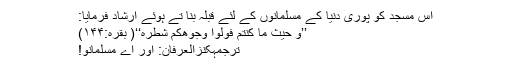
اس مسجد کو پوری دنیا کے مسلمانوں کے لئے قبلہ بنا تے ہوئے ارشاد فرمایا:
’’وَ حَیْثُ مَا كُنْتُمْ فَوَلُّوْا وُجُوْهَكُمْ شَطْرَهٗ‘‘( بقرہ:۱۴۴)
ترجمۂکنزُالعِرفان: اور اے مسلمانو!